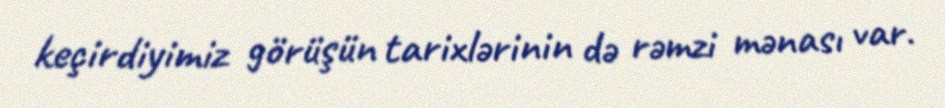
keçirdiyimiz görüşün tarixlərinin də rəmzi mənası var.